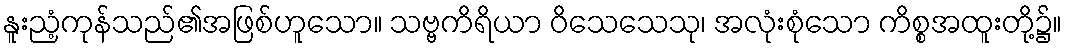
နူးညံ့ကုန်သည်၏အဖြစ်ဟူသော။ သဗ္ဗကိရိယာ ဝိသေသေသု၊ အလုံးစုံသော ကိစ္စအထူးတို့၌။